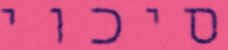
סיכוי